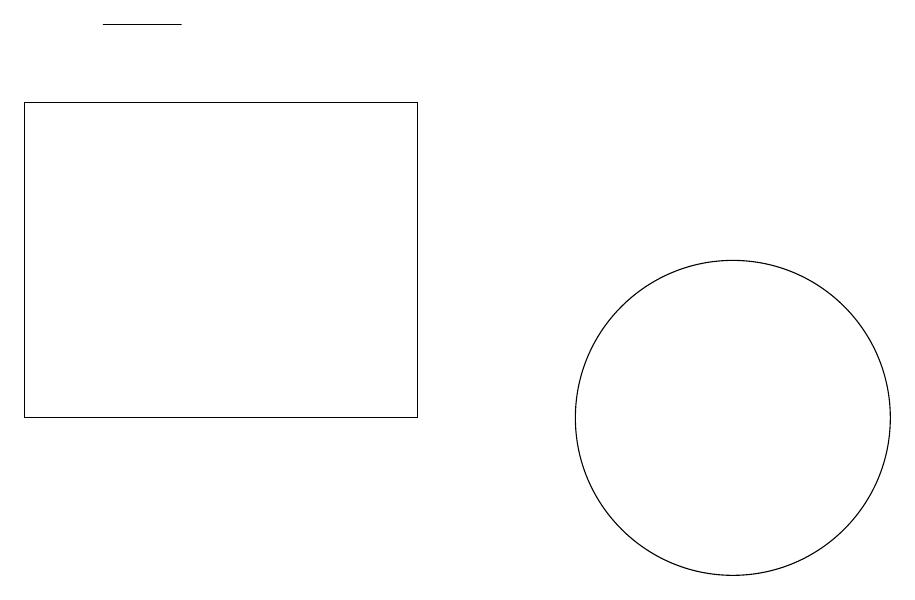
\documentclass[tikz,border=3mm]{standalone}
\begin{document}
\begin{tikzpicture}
\draw (12,11) circle (2);
\draw (4,16) rectangle (5,16);
\draw (8,11) rectangle (3,15);
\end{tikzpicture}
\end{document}